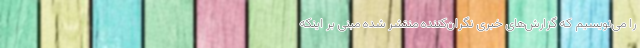
را می‌نویسیم که گزارش‌های خبری نگران‌کننده منتشر شده مبنی بر اینکه